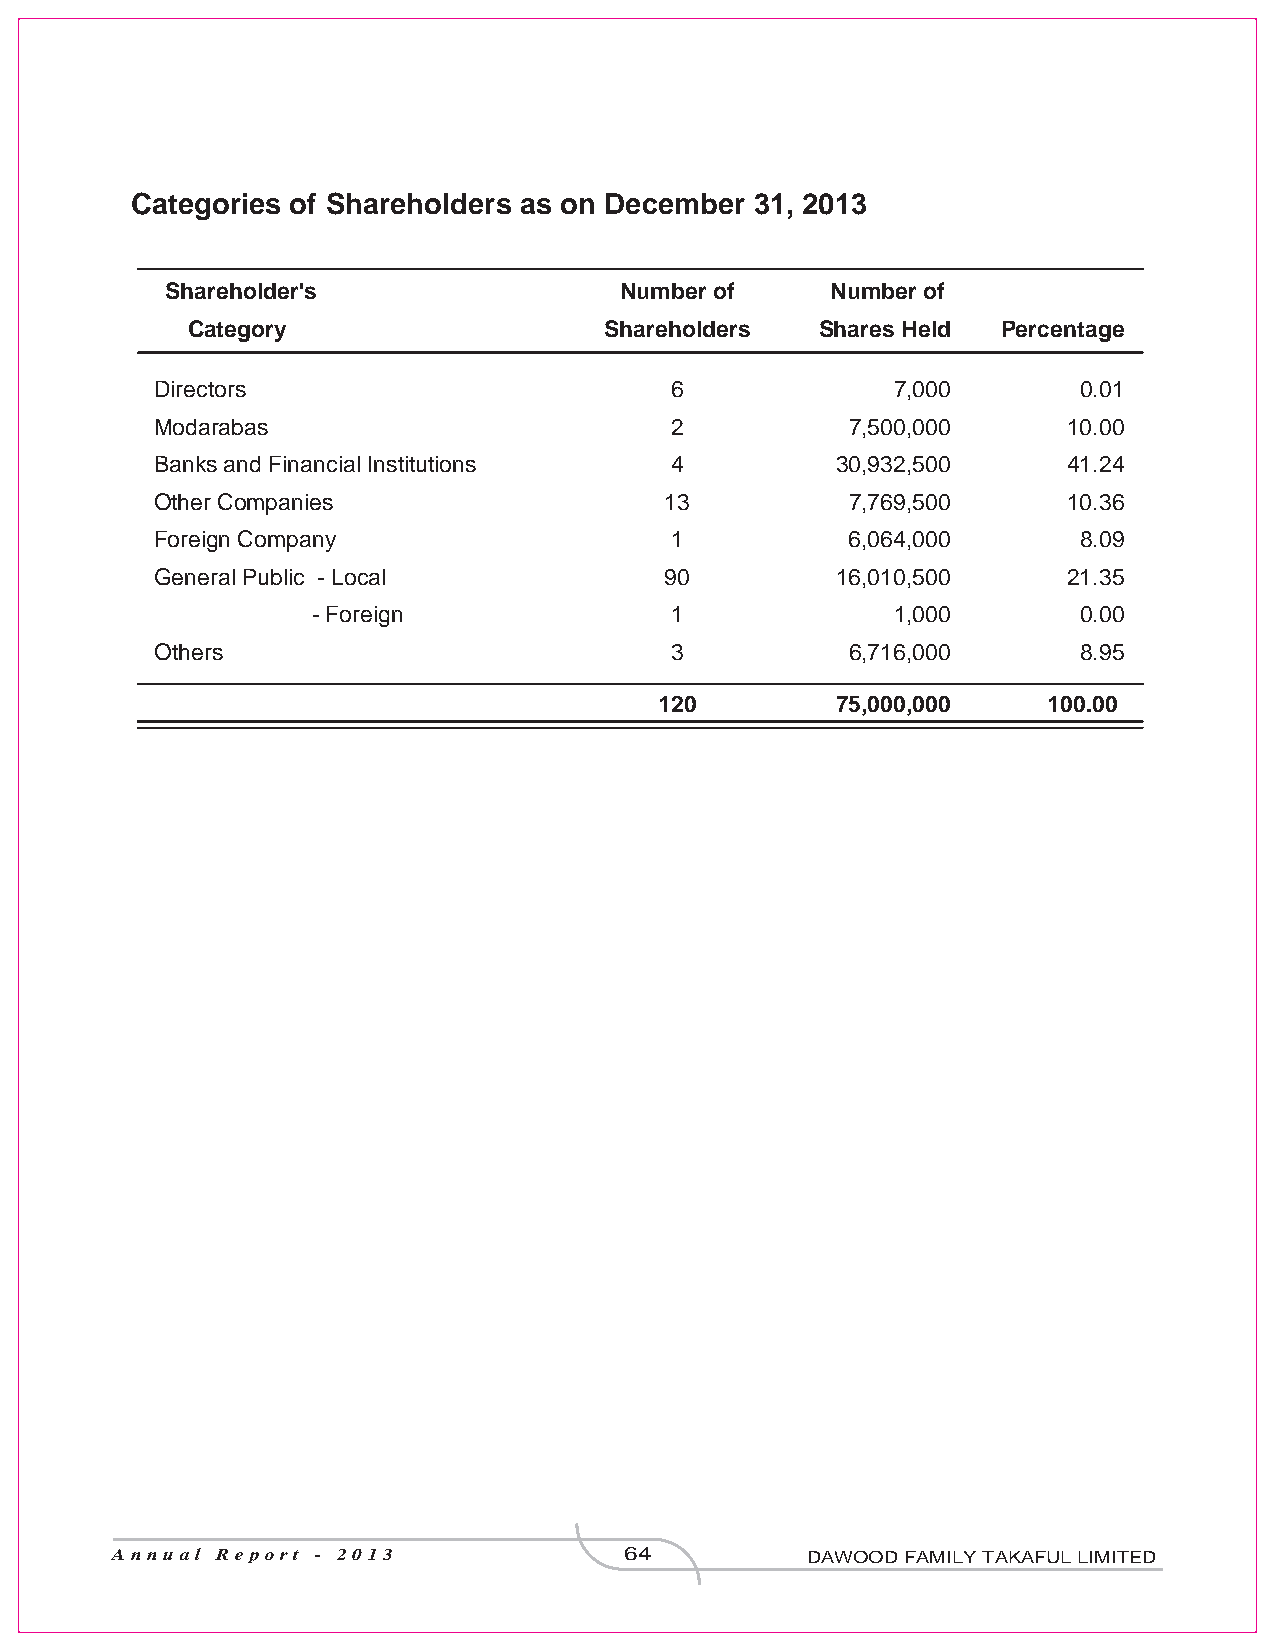
Categories of Shareholders as on December 31, 2013
 Shareholder's                 Number of     Number of
 Category                    Shareholders  Shares Held Percentage
 Directors                         6              7,000       0.01
 Modarabas                         2           7,500,000      10.00
 Banks and Financial Institutions  4          30,932,500      41.24
 Other Companies                   13          7,769,500      10.36
 Foreign Company                   1           6,064,000      8.09
 General Public - Local            90         16,010,500      21.35
 - Foreign              1              1,000       0.00
 Others                            3           6,716,000      8.95
 120        75,000,000    100.00
 Annual Report - 2013              64          DAWOOD FAMILY TAKAFUL LIMITED